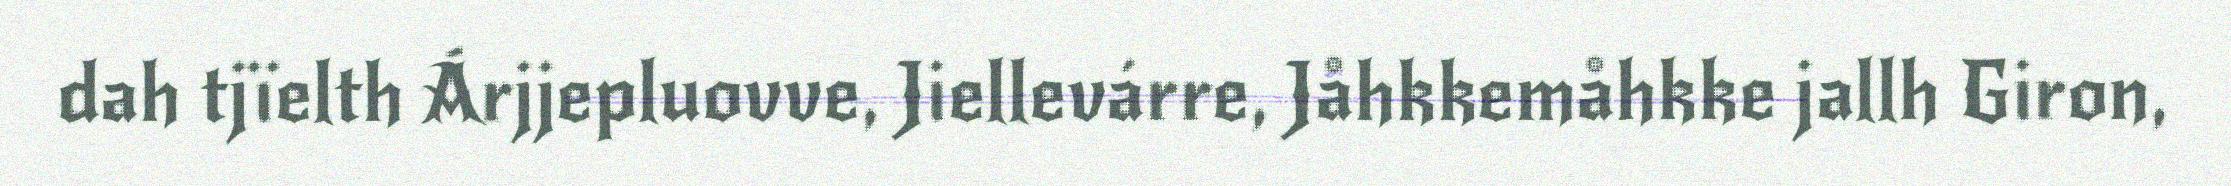
dah tjïelth Árjjepluovve, Jiellevárre, Jåhkkemåhkke jallh Giron,